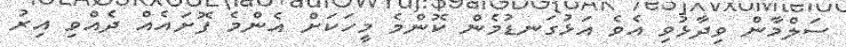
ސަލްމާން ވިދާޅުވި އެވެ އަޅުގަނޑުމެން ކޮންމެ މީހަކަށް އެންމެ ފޮށައެއް ދެއްވި އިރު